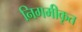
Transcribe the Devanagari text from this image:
निगमीकृत